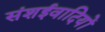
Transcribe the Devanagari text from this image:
संशईवादियों